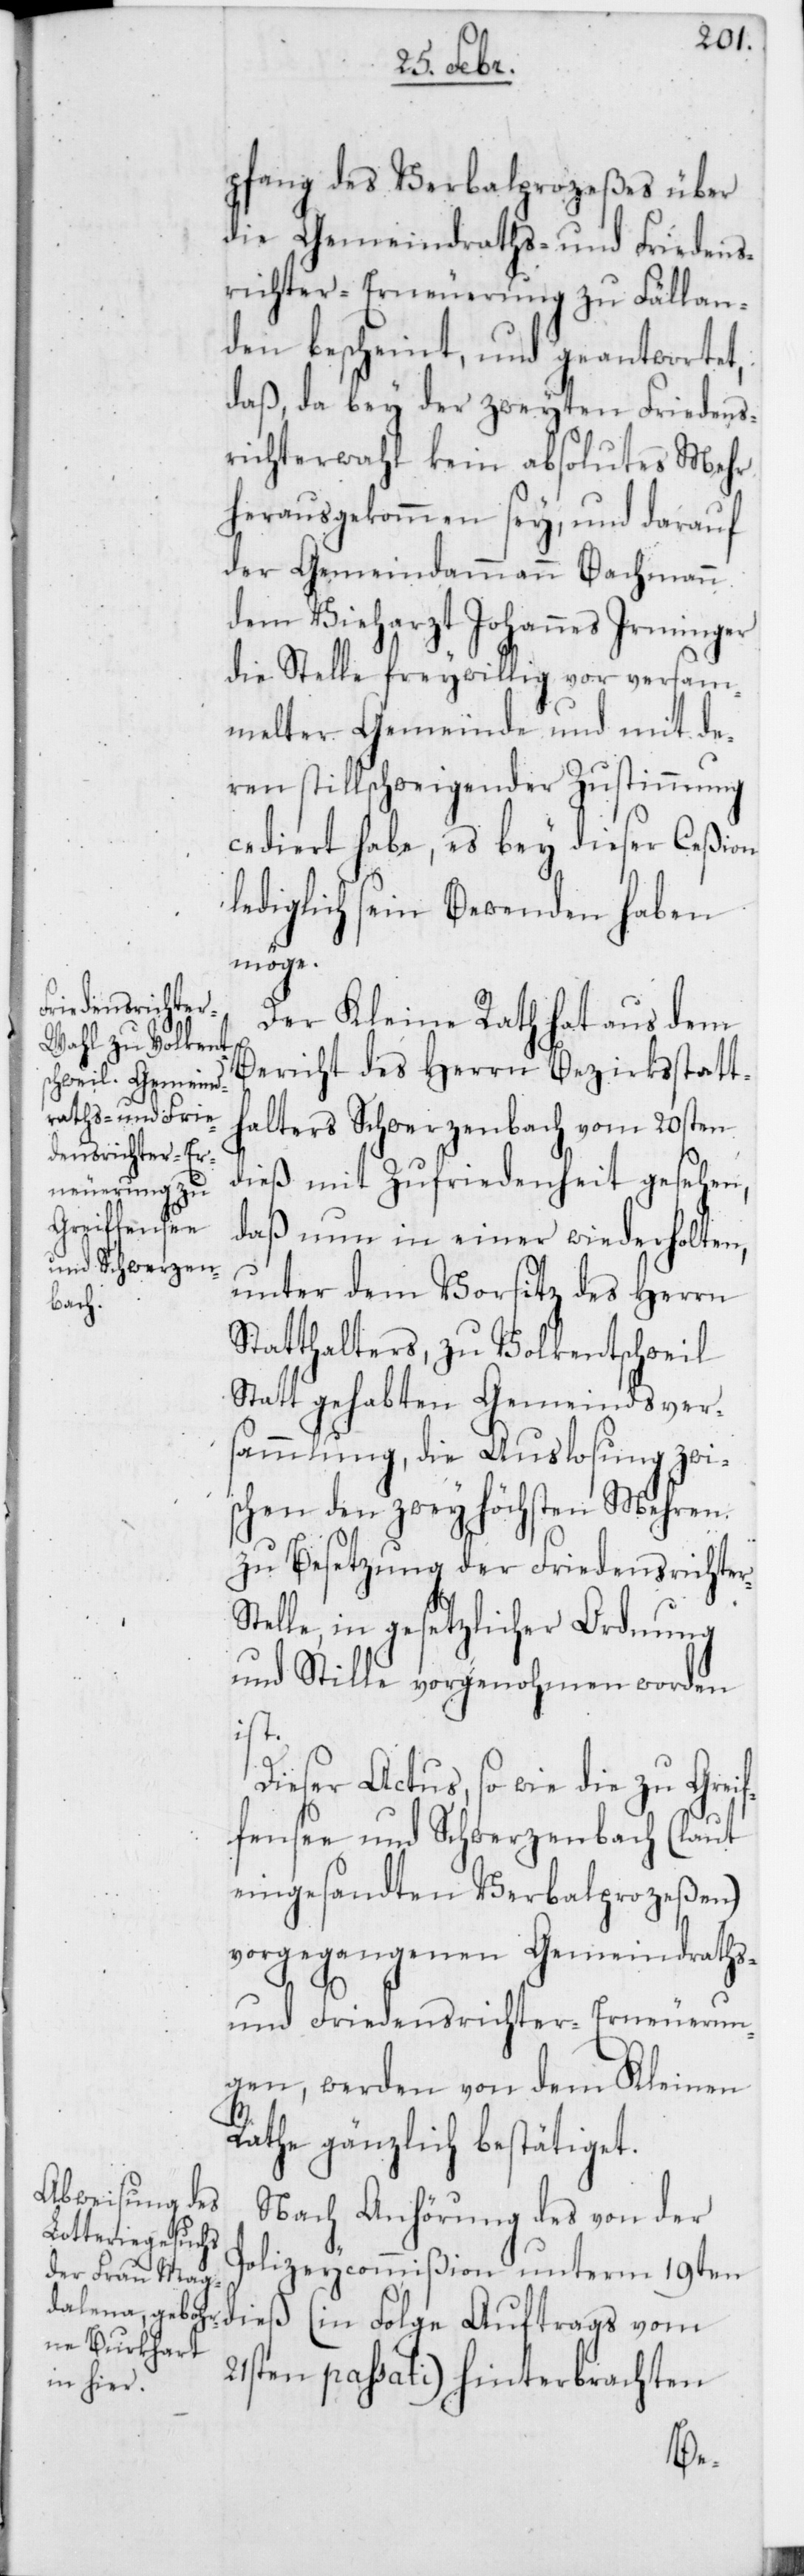
pfang des Verbalprozeßes über
die Gemeindraths- und Friedens¬
richter-Erneuerung zu Fällan¬
den bescheint, und geantwortet,
daß, da bey der zweyten Friedens¬
richterwahl kein absolutes Mehr
herausgekommen sey, und darauf
der Gemeindammann Bachmann
dem Vieharzt Johannes Irminger
die Stelle freywillig vor versam¬
melter Gemeinde und mit de¬
ren stillschweigender Zustimmung
cediert habe, es bey dieser Ceßion
lediglich sein Bewenden haben
möge.
Der Kleine Rath hat aus dem
Bericht des Herrn Bezirksstatt¬
halters Schwerzenbach vom 20sten
dieß mit Zufriedenheit gesehen,
daß nun in einer wiederholten,
unter dem Vorsitz des Herrn
Statthalters, zu Volkentschweil
Statt gehabten Gemeindsver¬
sammlung, die Auslosung zwi¬
schen den zwey Höchsten Mehren
zu Besetzung der Friedensrichte¬
telle in gesetzlicher Ordnung
und Stille vorgenohmen worden
ist.
Dieser Actus, so wie die zu Greif¬
fensee und Schwerzenbach (laut
eingesandten Verbalpozeßen)
vorgegangenen Gemeindraths-
und Friedensrichter-Erneuerun¬
gen, werden von dem Kleinen
Rathe gänzlich bestätiget.
Nach Anhörung des von der
Polizeycommißion unterm 19ten
dieß (in Folge Auftrags vom
21sten passati) hinterbrachten
r-S¬